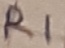
Text: R1